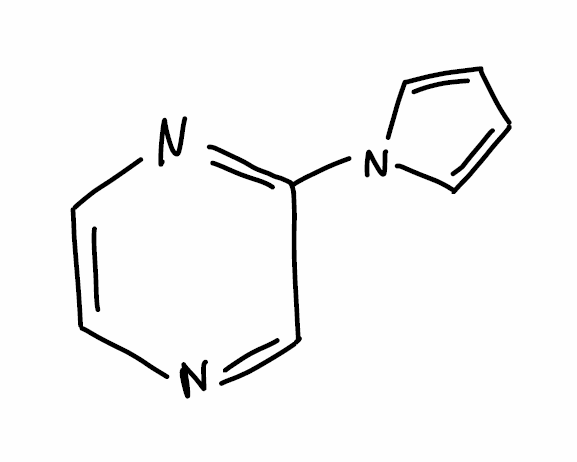
Simplified molecular-input line-entry system (SMILES) notation of the given molecule:
C1=CN(C=C1)C2=NC=CN=C2